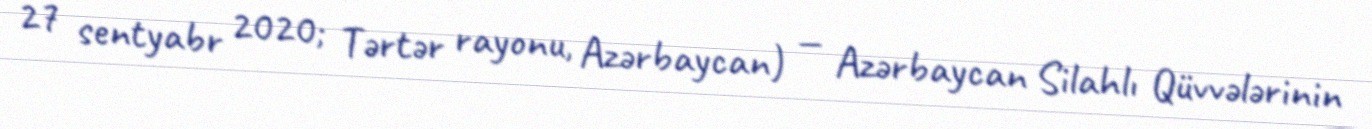
27 sentyabr 2020; Tərtər rayonu, Azərbaycan) — Azərbaycan Silahlı Qüvvələrinin